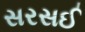
સરસઈ